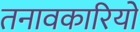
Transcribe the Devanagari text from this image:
तनावकारियों